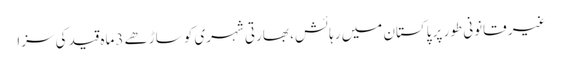
غیر قانونی طور پر پاکستان میں رہائش، بھارتی شہری کو ساڑھے 3ماہ قید کی سزا